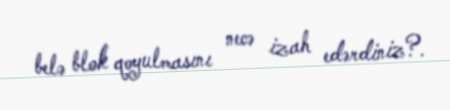
belə blok qoyulmasını necə izah edərdiniz?.